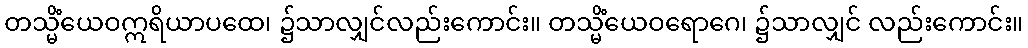
တသ္မိံယေဝဣရိယာပထေ၊ ၌သာလျှင်လည်းကောင်း။ တသ္မိံယေဝရောဂေ၊ ၌သာလျှင် လည်းကောင်း။